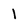
Character: l